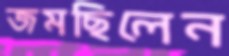
জমছিলেন